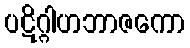
ပဋိဂ္ဂါဟဘာဇကော